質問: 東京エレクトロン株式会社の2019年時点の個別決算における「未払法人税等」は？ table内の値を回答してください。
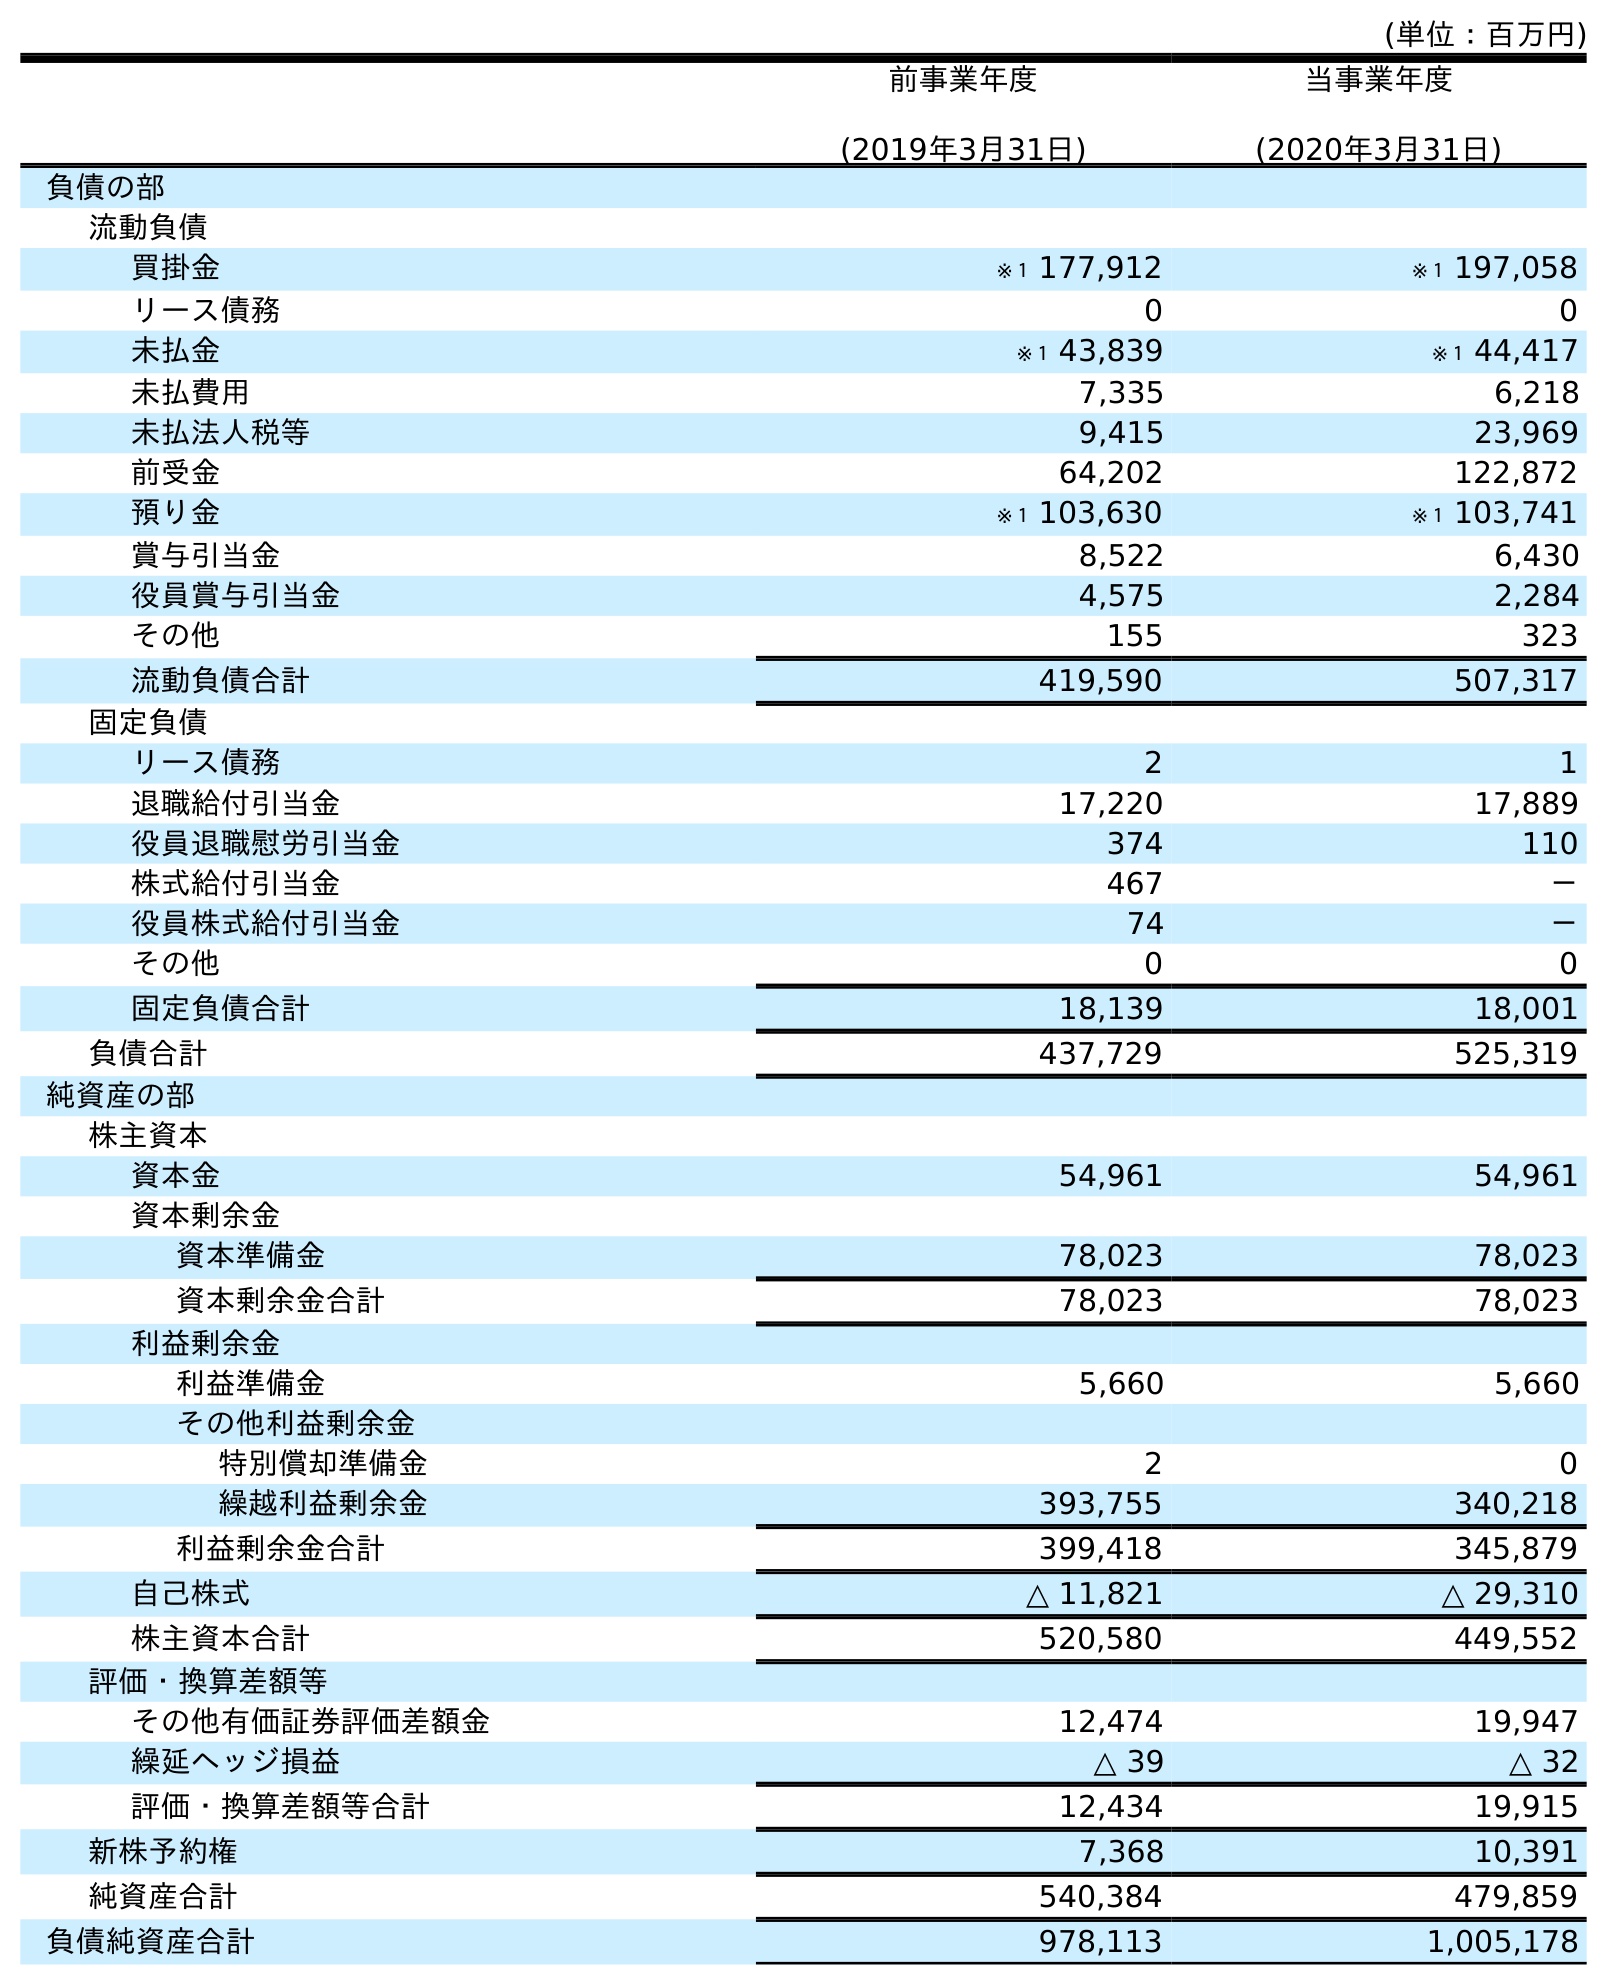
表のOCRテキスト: (単位：百万円) 前事業年度 (2019年3月31日) 当事業年度 (2020年3月31日) 負債の部 流動負債 買掛金 ※１ 177,912 ※１ 197,058 リース債務 0 0 未払金 ※１ 43,839 ※１ 44,417 未払費用 7,335 6,218 未払法人税等 9,415 23,969 前受金 64,202 122,872 預り金 ※１ 103,630 ※１ 103,741 賞与引当金 8,522 6,430 役員賞与引当金 4,575 2,284 その他 155 323 流動負債合計 419,590 507,317 固定負債 リース債務 2 1 退職給付引当金 17,220 17,889 役員退職慰労引当金 374 110 株式給付引当金 467 － 役員株式給付引当金 74 － その他 0 0 固定負債合計 18,139 18,001 負債合計 437,729 525,319 純資産の部 株主資本 資本金 54,961 54,961 資本剰余金 資本準備金 78,023 78,023 資本剰余金合計 78,023 78,023 利益剰余金 利益準備金 5,660 5,660 その他利益剰余金 特別償却準備金 2 0 繰越利益剰余金 393,755 340,218 利益剰余金合計 399,418 345,879 自己株式 △ 11,821 △ 29,310 株主資本合計 520,580 449,552 評価・換算差額等 その他有価証券評価差額金 12,474 19,947 繰延ヘッジ損益 △ 39 △ 32 評価・換算差額等合計 12,434 19,915 新株予約権 7,368 10,391 純資産合計 540,384 479,859 負債純資産合計 978,113 1,005,178
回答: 9,415